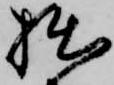
拙